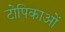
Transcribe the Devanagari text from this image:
टोपिकाओं